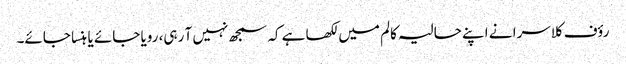
رؤف کلاسرا نے اپنے حالیہ کالم میں لکھا ہے کہ سمجھ نہیں آ رہی، رویا جائے یا ہنسا جائے۔